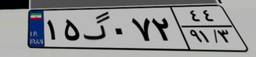
۱۵گ۰۷۲۴۴